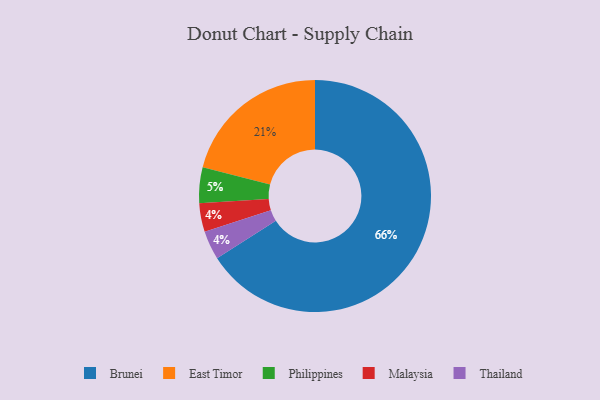
{"axis": {"x": "Category", "y": "Percentage"}, "legend": ["Brunei", "East Timor", "Malaysia", "Philippines", "Thailand"], "data": [{"x": "Malaysia", "y": 4, "type": "Malaysia"}, {"x": "Philippines", "y": 5, "type": "Philippines"}, {"x": "Brunei", "y": 66, "type": "Brunei"}, {"x": "Thailand", "y": 4, "type": "Thailand"}, {"x": "East Timor", "y": 21, "type": "East Timor"}]}